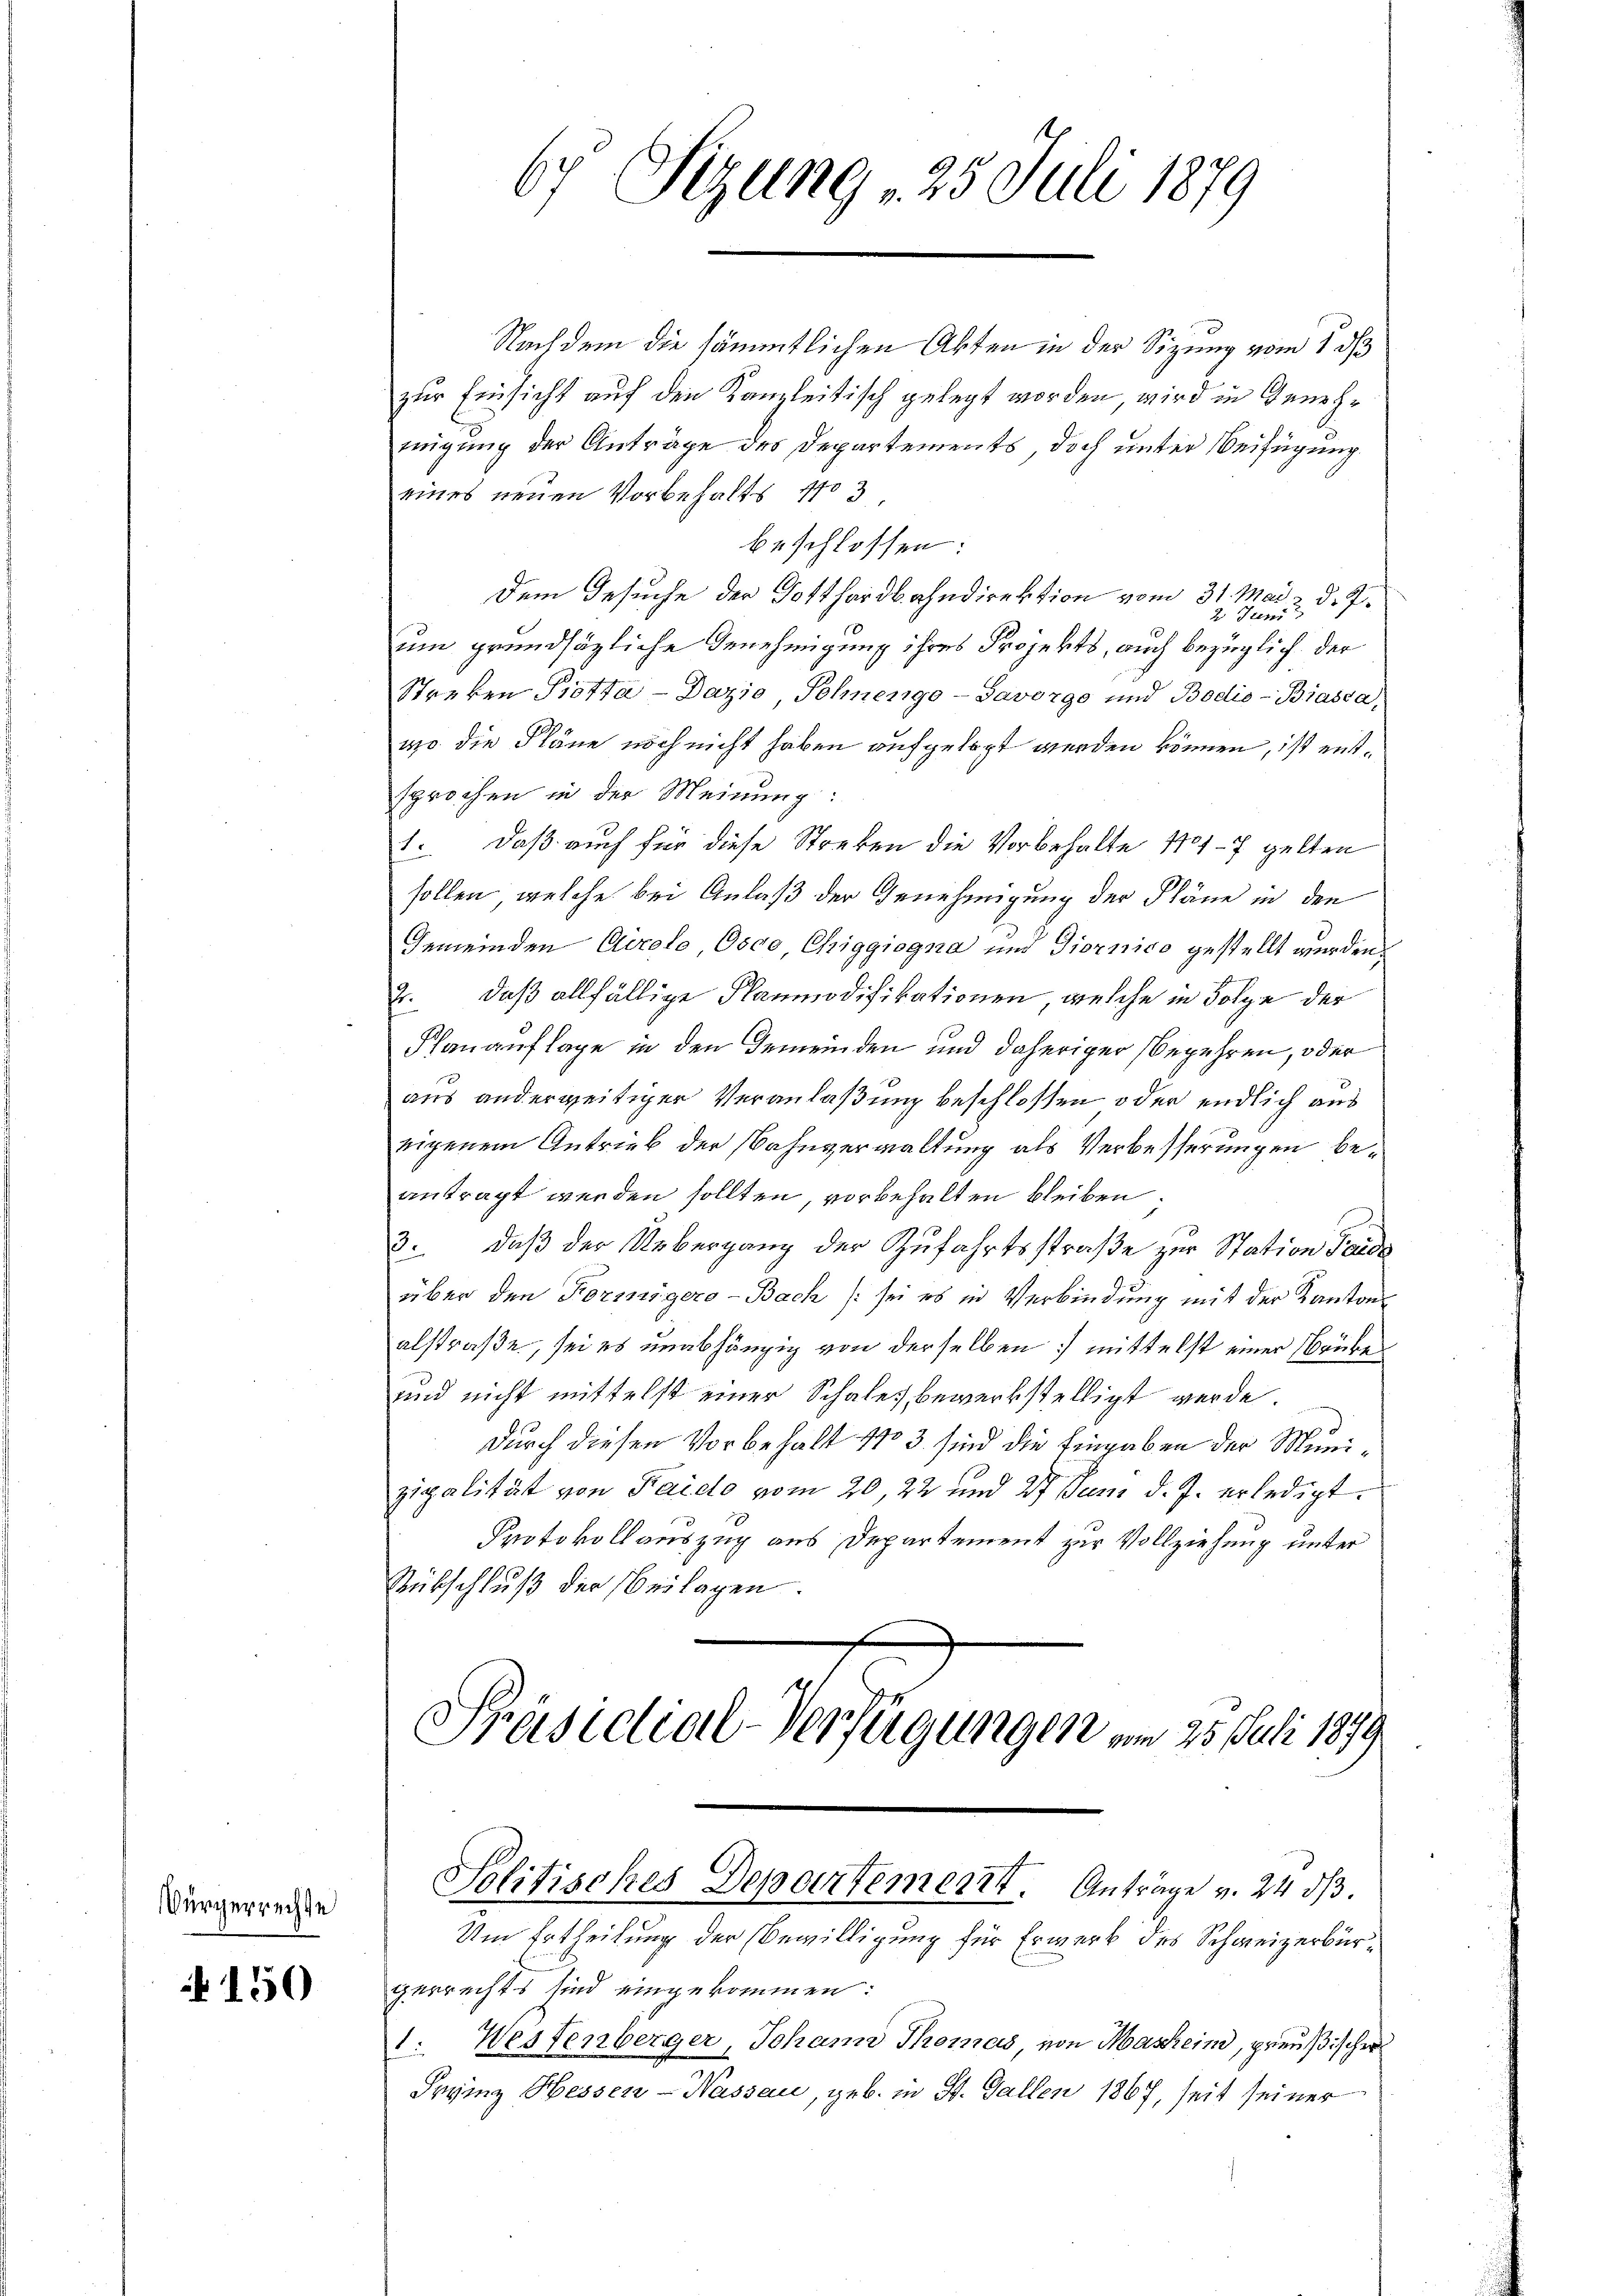
Bürgerrechte

150

Nachdem die sämmtlichen Akten in der Sitzung vom 1. ds
zur Einsicht auf den Kanzleitisch gelegt worden wird in Genehmigung der Anträge des Departements, doch unter Beifügung
eines neuen Vorbehalts 1103
beschlossen:
Dem Gesuche der Gotthardbahndirektion vom 31. Mai d. J.
2 Juni
um grundsätzliche Genehmigung ihres Projekts, auch bezüglich der
Streken Piotta-Dazio, Sohnengo-Savorge und Bodio-Biasca,
wo die Pläne noch nicht haben aufgelegt werden können, ist entsprochen in der Meinung:
1. Daß auch für diese Streken die Vorbehalte 1701-7 gelten
sollen, welche bei Anlaß der Genehmigung der Pläne in den
Gemeinden Cirolo, Osco Chiggiogna und Giornico gestellt werden.
2. daß allfällige Flammodifikationen, welche in Folge der
Planauflage in den Gemeinden und daheriger Begehren, oder
aus anderweitiger Veranlaßung beschlossen oder endlich aus
eigenem Getrieb der Bahnverwaltung als Verbesserungen beantragt werden sollten, vorbehalten bleiben.
3. daß der Uebergang der Zufahrtsstraße zur Station Parda
über den Korrigero-Bach /:sei es in Verbindung mit der Kanton
alstraße, sei es unabhängig von derselben mittelst einer Baube
und nicht mittelst einer Schales bewerkstelligt werde
durch diesen Vorbehalt No 3 sind die Eingaben der Munizipalität von Faido vom 20, 22 und 27 Juni d. J. erledigt.
Protokollauszug aus Departement zur Vollziehung unter
Rütschluß der Beilagen.
Präsidial-Verfügungen vom 25. Juli 1879

Solitisches Departement. Anträge v. 24 dβ.

)
67 CGung 25. Juli 1879

Um Ertheilung der Bewilligung für Erwerk des Schweizerbürgerrechts sind eingekommen:
1. Wessenberger, Johann Thomas von Maschein, preußischer
Fryiz Hessen-Wassau, geb. in St. Gallen 1867, seit seiner